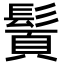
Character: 䰅